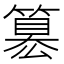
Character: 簒